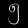
Digit: ၅